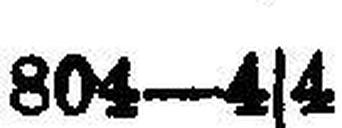
804—4s4